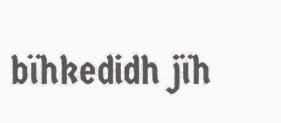
bïhkedidh jïh